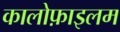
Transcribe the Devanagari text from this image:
कालोफ़ाइलम